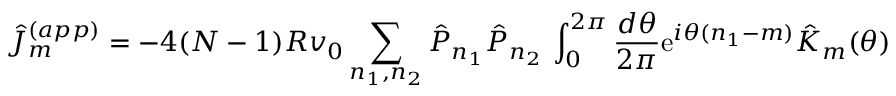
\hat { J } _ { m } ^ { ( a p p ) } = - 4 ( N - 1 ) R v _ { 0 } \sum _ { n _ { 1 } , n _ { 2 } } \hat { P } _ { n _ { 1 } } \hat { P } _ { n _ { 2 } } \, \int _ { 0 } ^ { 2 \pi } { \frac { d \theta } { 2 \pi } } \mathrm { e } ^ { i \theta ( n _ { 1 } - m ) } \hat { K } _ { m } ( \theta )